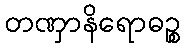
တဏှာနိရောဓဉ္စ